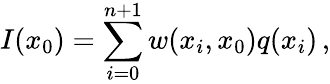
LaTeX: I(x_{0})=\sum_{i=0}^{n+1}w(x_{i},x_{0})q(x_{i})\, ,